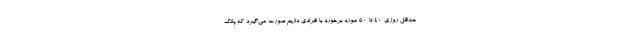
حداقل روزی ۴۰ تا ۵۰ مورد برخورد با افرادی داریم صورت می‌گیرد که پلاک